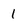
Character: 1